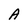
Character: A